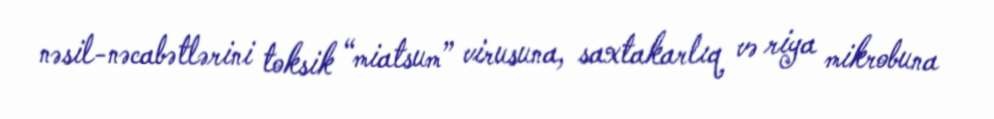
nəsil-nəcabətlərini toksik “miatsum” virusuna, saxtakarlıq və riya mikrobuna